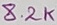
Text: 8.2K